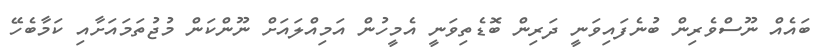
ބައެއް ނޫސްވެރިން ބުނެފައިވަނީ ދަރިން ބޮޑެތިވަނީ އެމީހުން އަމިއްލައަށް ނޫންކަން މުޖުތަމައަށާއި ކަމާބެހޭ